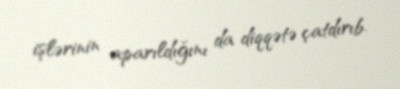
işlərinin aparıldığını da diqqətə çatdırıb.